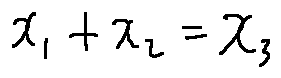
x _ { 1 } + x _ { 2 } = x _ { 3 }